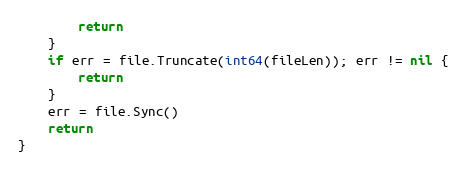
Language: Go
		return
	}
	if err = file.Truncate(int64(fileLen)); err != nil {
		return
	}
	err = file.Sync()
	return
}